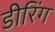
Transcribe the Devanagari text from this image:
डीरिंग